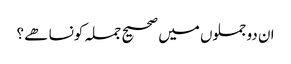
ان دو جملوں میں صحیح جملہ کونسا ھے ؟